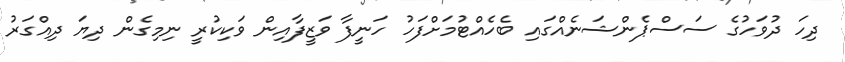
ދިހަ ދުވަހުގެ ސަސްޕެންޝަނެއްގައި ބެހެއްޓުމަށްފަހު ހަނީފާ ވަޒީފާއިން ވަކިކުރީ ނިމިގެން ދިޔަ ދިއްގަރު